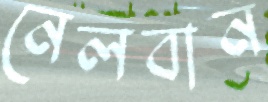
নেলবান